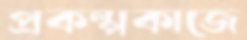
প্রকল্পকাজে